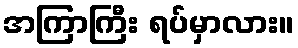
အကြာကြီး ရပ်မှာလား။